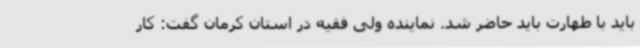
باید با طهارت باید حاضر شد. نماینده ولی فقیه در استان کرمان گفت: کار